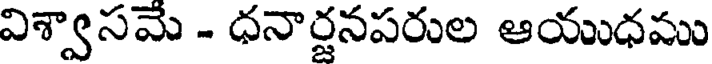
విశ్వాసమే - ధనార్జనపరుల ఆయుధము